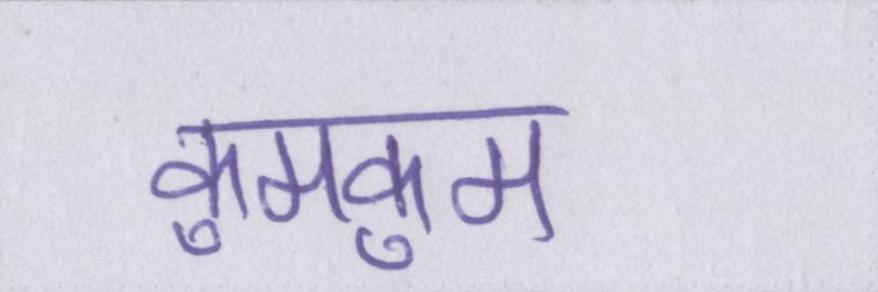
कुमकुम